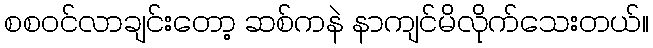
စစဝင်လာချင်းတော့ ဆစ်ကနဲ နာကျင်မိလိုက်သေးတယ်။